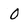
Character: 0